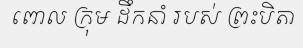
ពោល ក្រុម ដឹកនាំ របស់ ព្រះបិតា